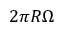
2 \pi R \Omega